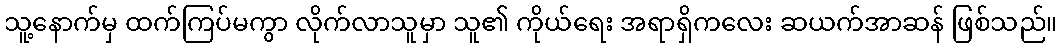
သူ့နောက်မှ ထက်ကြပ်မကွာ လိုက်လာသူမှာ သူ၏ ကိုယ်ရေး အရာရှိကလေး ဆယက်အာဆန် ဖြစ်သည်။